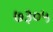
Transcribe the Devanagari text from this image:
७३०५